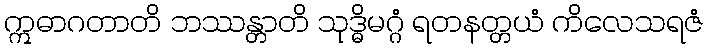
ဣဓာဂတာတိ ဘဿန္တာတိ သုဒ္ဓိမဂ္ဂံ ရတနတ္တယံ ကိလေသရဇံ